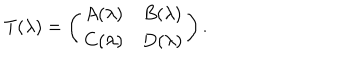
T ( \lambda ) = \left( \begin{array} { c c } { { A ( \lambda ) } } & { { B ( \lambda ) } } \\ { { C ( \lambda ) } } & { { D ( \lambda ) } } \\ \end{array} \right) .